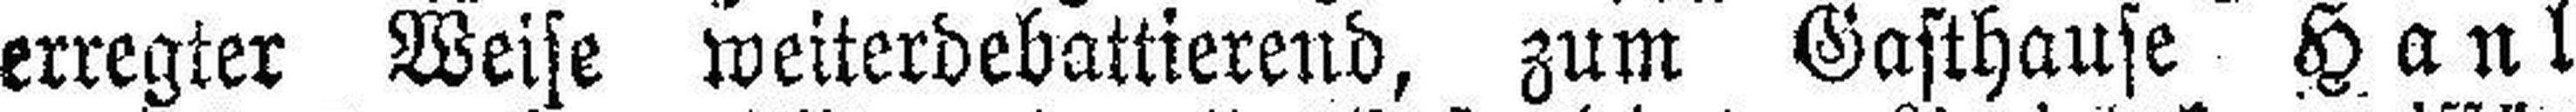
erregter Weise weiterdebattierend, zum Gasthause Hanl